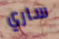
ساري